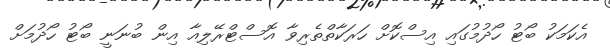
އެކަމަކު ބޯޓު ހޯދުމުގައި އިސްކޮށް ހަރަކާތްތެރިވާ އޮސްޓްރޭލިއާ އިން ބުނަނީ ބޯޓު ހޯދުމަށް